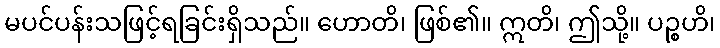
မပင်ပန်းသဖြင့်ရခြင်းရှိသည်။ ဟောတိ၊ ဖြစ်၏။ ဣတိ၊ ဤသို့။ ပဉ္စဟိ၊